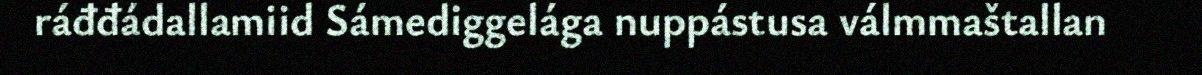
ráđđádallamiid Sámediggelága nuppástusa válmmaštallan